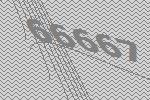
66667